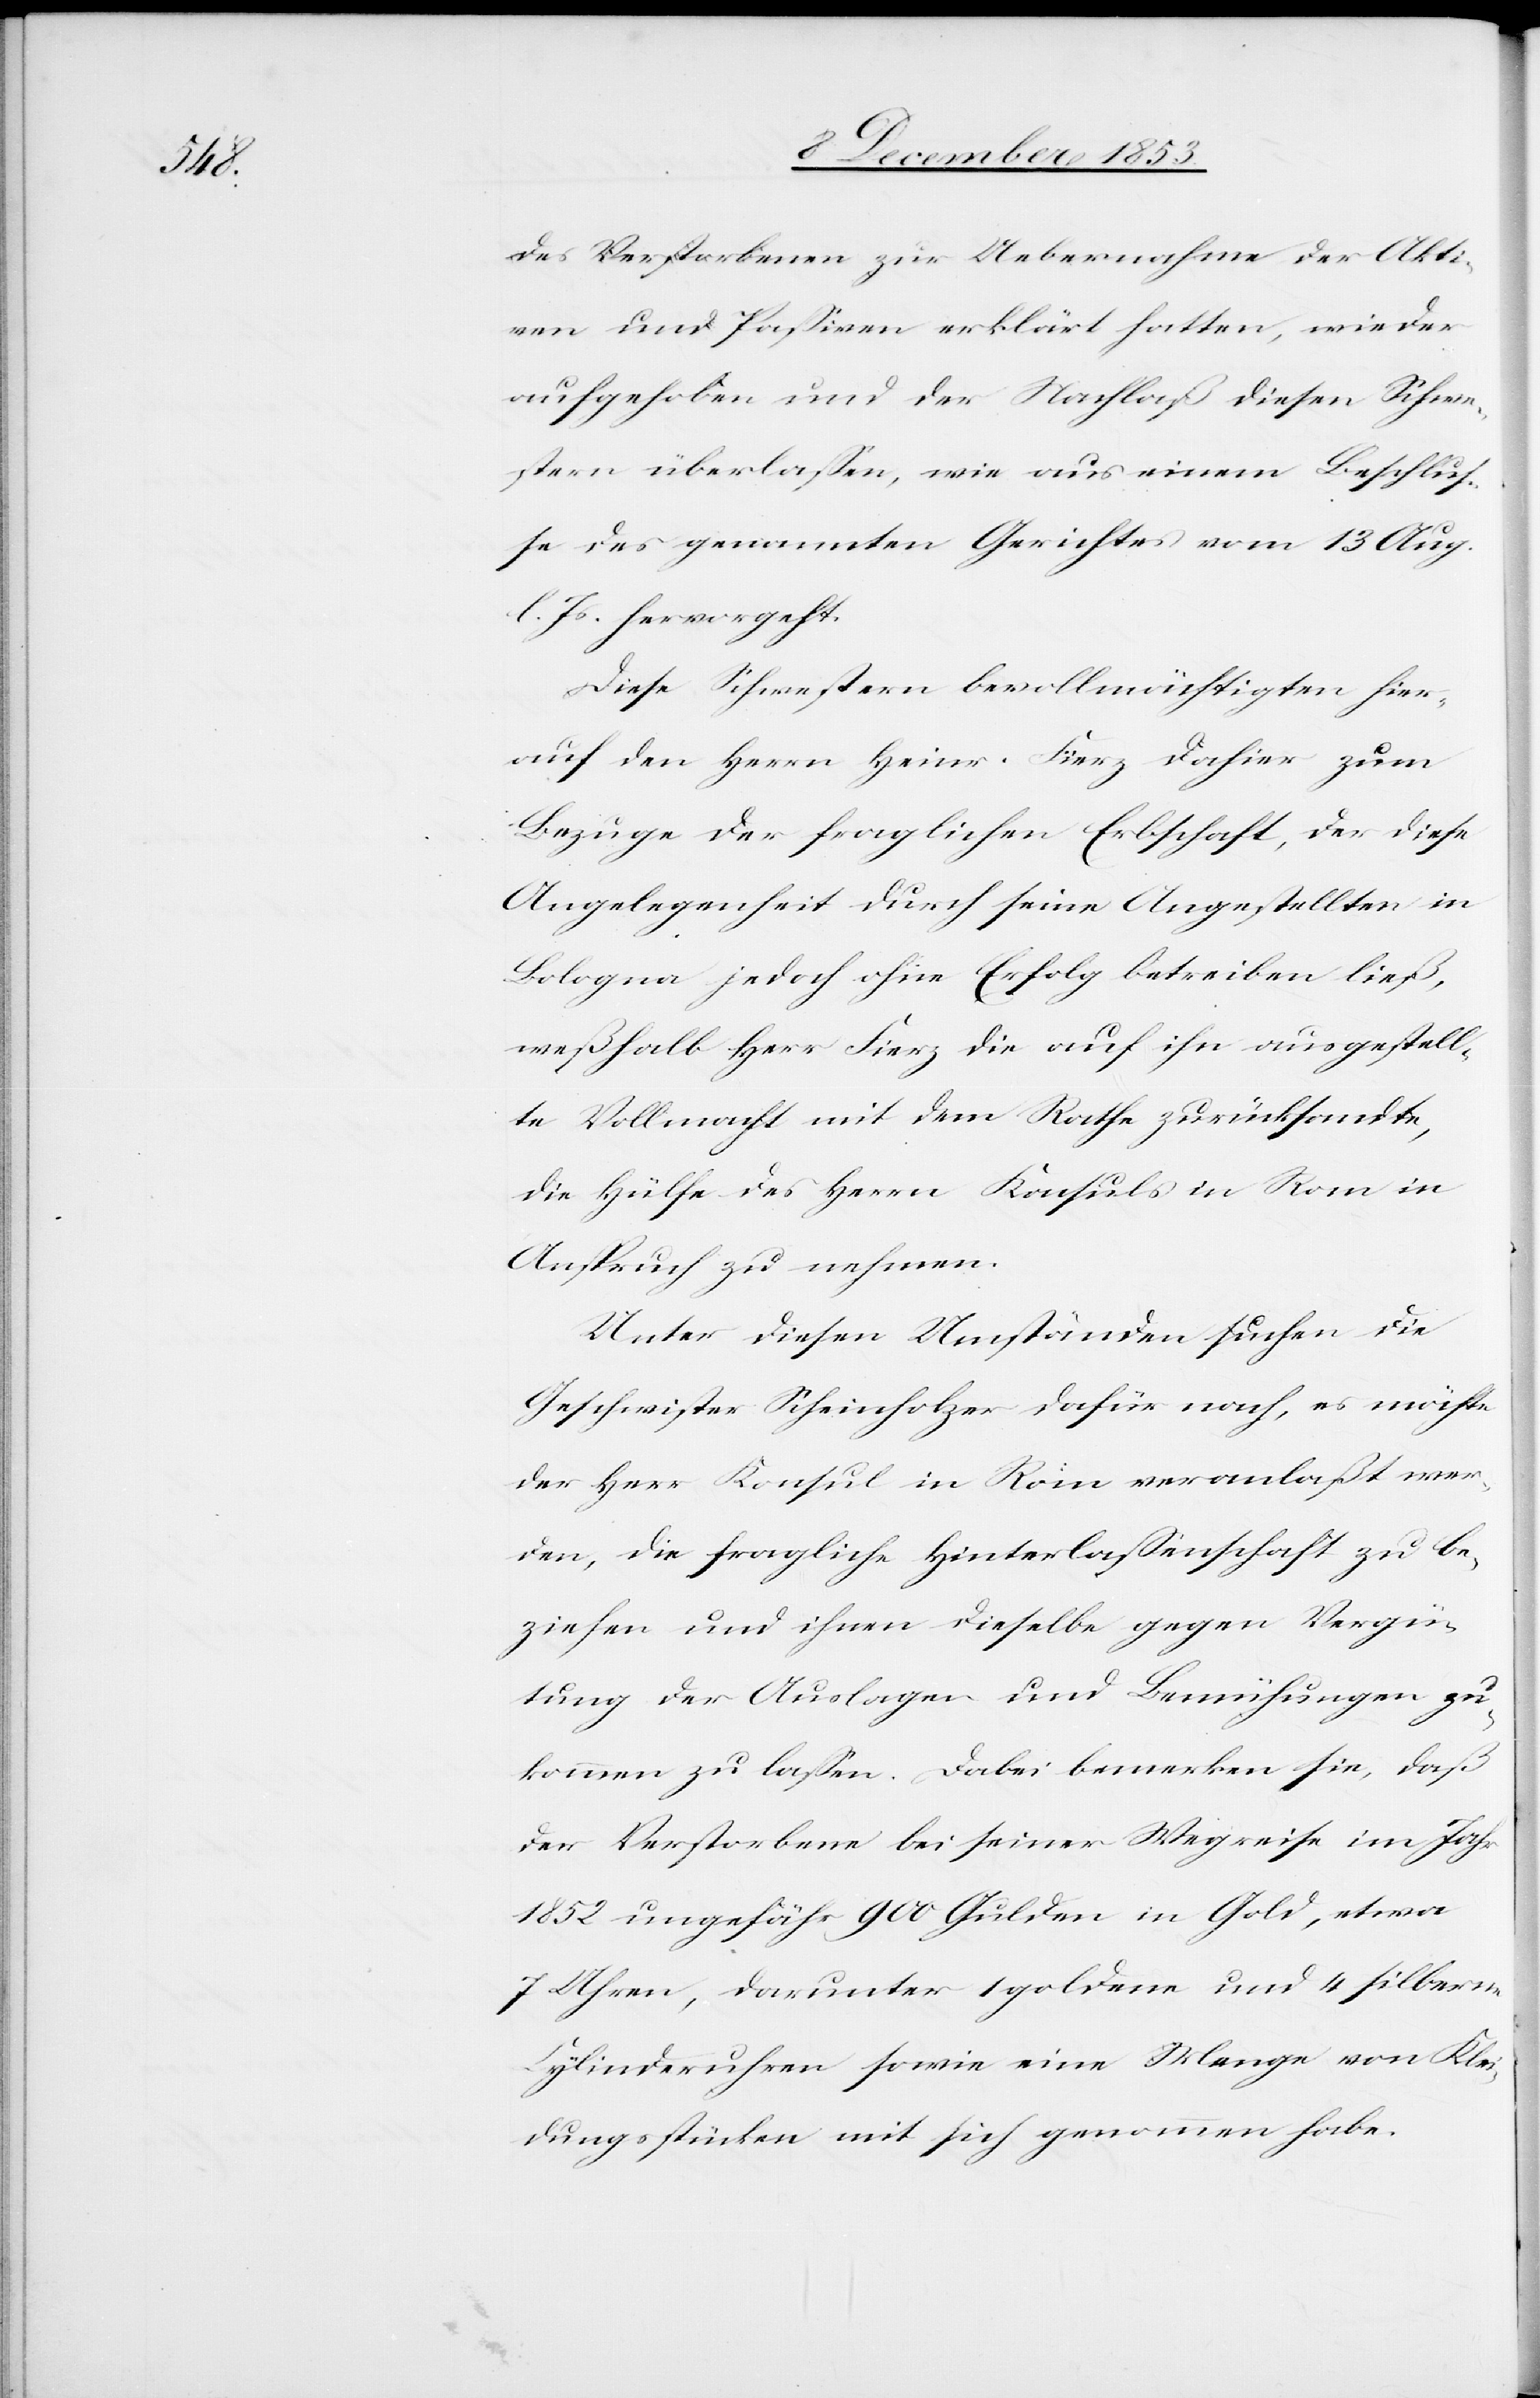
des Verstorbenen zur Uebernahme der Akti¬
ven und Paßiven erklärt hatten, wieder
aufgehoben und der Nachlaß diesen Schwe¬
stern überlaßen, wie aus einem Beschluß¬
e des genannten Gerichtes vom 13 Aug.
l. Js. hervorgeht.
Diese Schwestern bevollmächtigen hier¬
auf den Herrn Heinr.-Fierz dahier zum
Bezuge der fraglichen Erbschaft, der diese
Angelegenheiten durch seine Angestellten in
Bologna jedoch ohne Erfolg betreiben ließ,
weßhalb Herr Fierz die auf ihn ausgestell¬
te Vollmacht mit dem Rathe zurücksandte,
die Hülfe des Herrn Konsuls in Rom in
Anspruch zu nehmen.
Unter diesen Umständen suchen die
Geschwister Scheinholzer dafür nach, es möchte
der Herr Konsul in Rom veranlaßt wer¬
den, die fragliche Hinterlaßenschaft zu be¬
ziehen und ihnen dieselbe gegen Vergü¬
tung der Auslagen und Bemühungen zu¬
kommen zu laßen. Dabei bemerken sie, daß
die Verstorbenen bei seiner Wegreise im Jahr
1852 ungefähr 900 Gulden in Gold, etwa
7 Uhren, darunter 1 goldene und 4 silberne
Cylinderuhren sowie eine Menge von Klei¬
dungsstücken mit sich genommen habe.